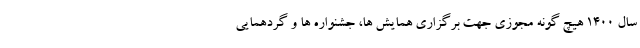
سال ۱۴۰۰ هیچ گونه مجوزی جهت برگزاری همایش ها، جشنواره ها و گردهمایی